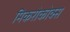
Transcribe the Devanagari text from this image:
मिकरोकोक्स